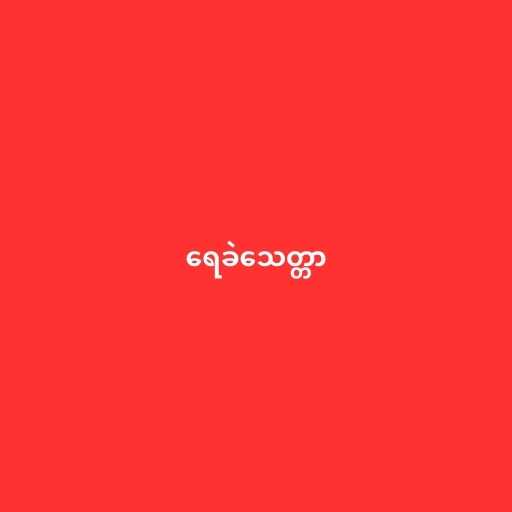
ရေခဲသေတ္တာ